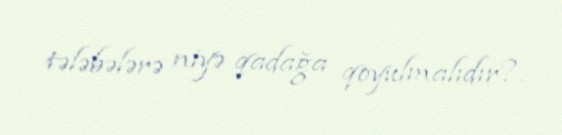
tələbələrə niyə qadağa qoyulmalıdır?.